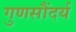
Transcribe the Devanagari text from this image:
गुणसौंदर्य